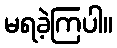
မရခဲ့ကြပါ။